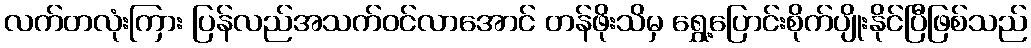
လက်တလုံးကြား ပြန်လည်အသက်ဝင်လာအောင် တန်ဖိုးသိမှ ရွှေ့ပြောင်းစိုက်ပျိုးနိုင်ပြီဖြစ်သည်